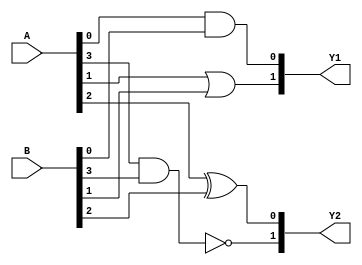
module overlapping_groups (
    input wire [3:0] A,      // Primary inputs
    input wire [3:0] B,      // Shared inputs from other blocks
    output wire [1:0] Y1,    // Outputs from Group 1
    output wire [1:0] Y2     // Outputs from Group 2
);

// Group 1 Logic: Implements a combination of AND and OR
// Y1[0] = A[0] AND B[0]
// Y1[1] = A[1] OR B[1]
assign Y1[0] = A[0] & B[0];
assign Y1[1] = A[1] | B[1];

// Group 2 Logic: Implements XOR and NOT
// Y2[0] = A[2] XOR B[2]
// Y2[1] = NOT (A[3] AND B[3])
assign Y2[0] = A[2] ^ B[2];
assign Y2[1] = ~(A[3] & B[3]);

endmodule